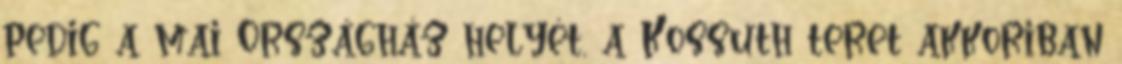
pedig a mai Országház helyét, a Kossuth teret akkoriban